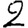
Digit: 2